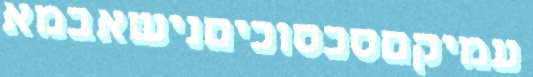
עמיקםסכסוכיםנישאבמא